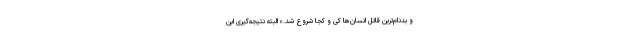
و بدنام‌ترین قاتل انسان‌ها کی و کجا شروع شد.» البته نتیجه‌گیری این